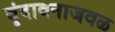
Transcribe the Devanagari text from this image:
वृंदावनाजवळ